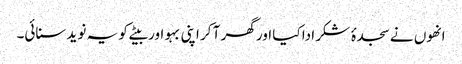
انھوں نے سجدۂ شکر ادا کیا اور گھر آ کر اپنی بہو اور بیٹے کو یہ نوید سنائی۔